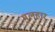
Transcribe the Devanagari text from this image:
मलहार